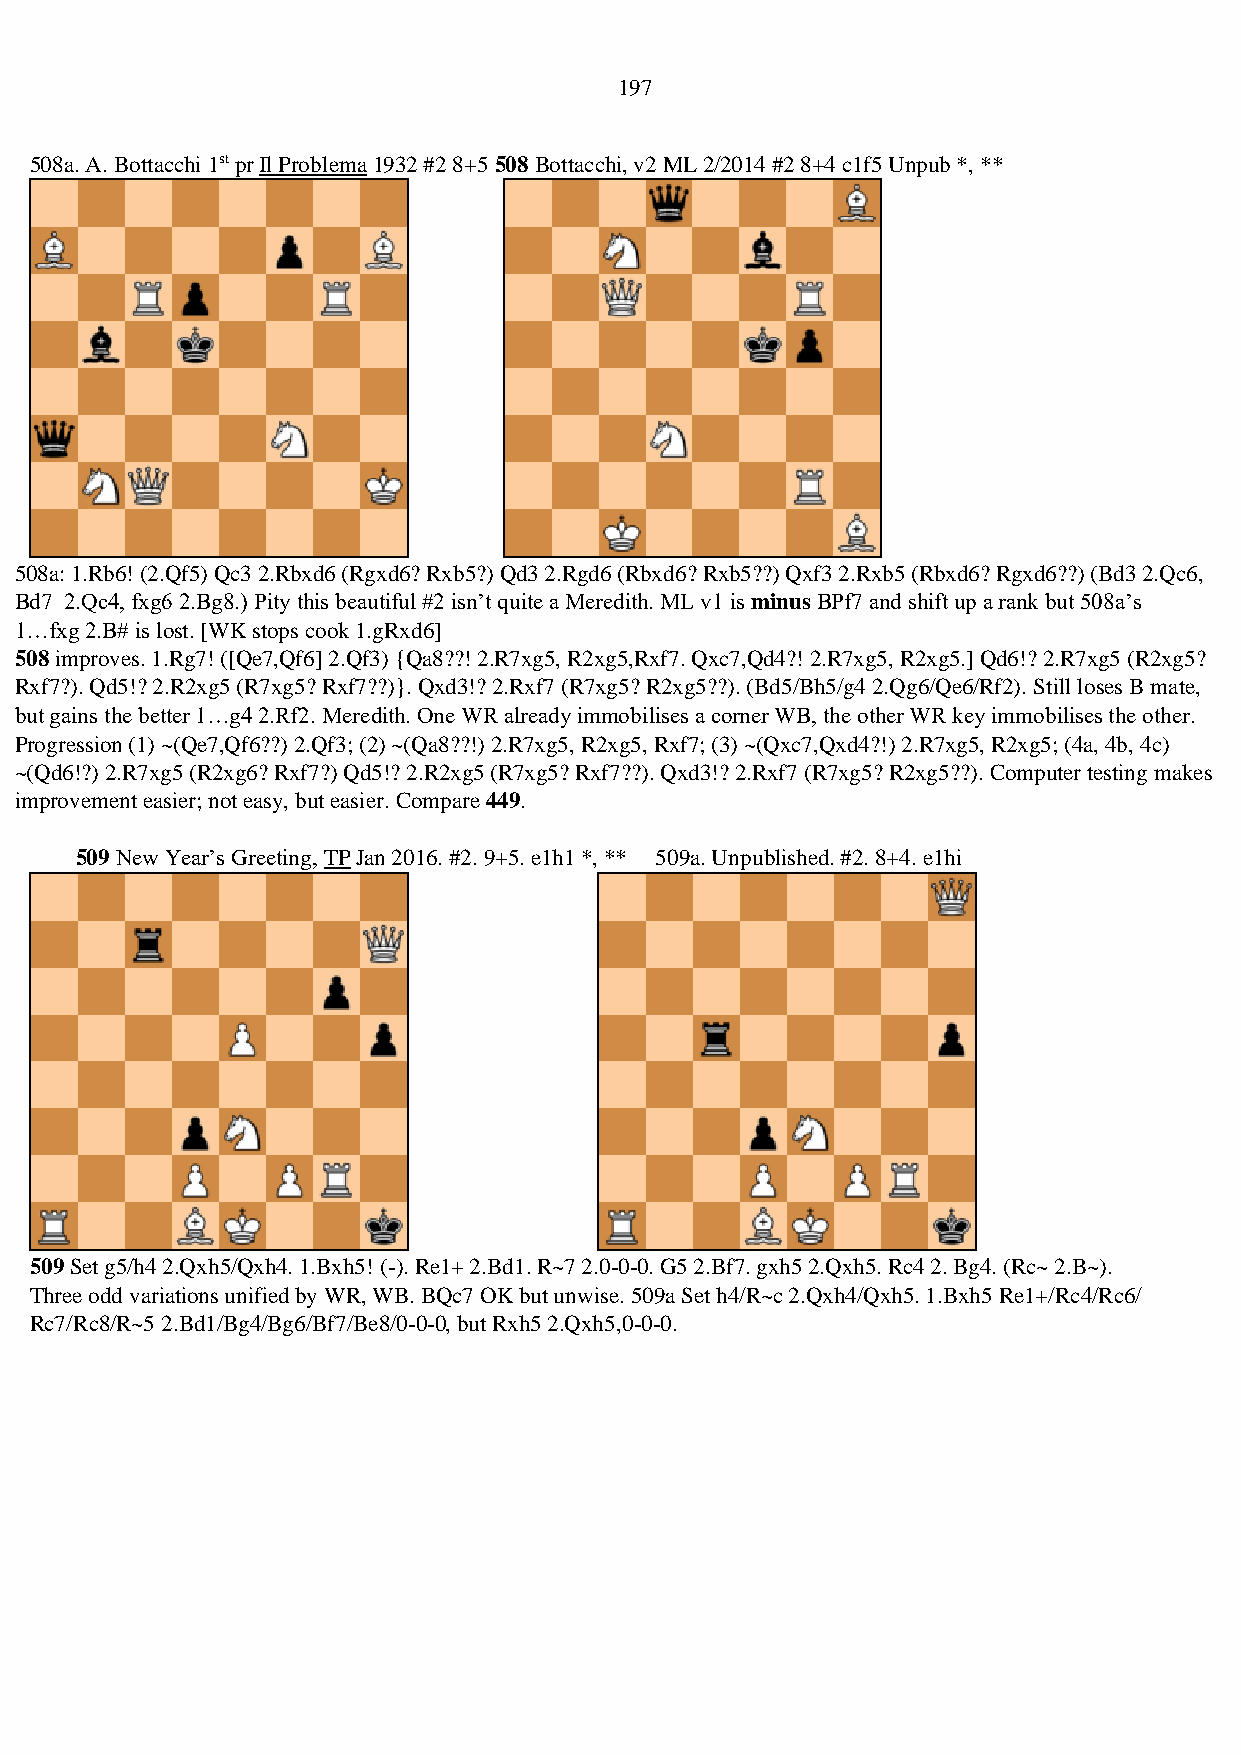
197
 508a. A. Bottacchi 1st pr Il Problema 1932 #2 8+5 508 Bottacchi, v2 ML 2/2014 #2 8+4 c1f5 Unpub *, **
 508a: 1.Rb6! (2.Qf5) Qc3 2.Rbxd6 (Rgxd6? Rxb5?) Qd3 2.Rgd6 (Rbxd6? Rxb5??) Qxf3 2.Rxb5 (Rbxd6? Rgxd6??) (Bd3 2.Qc6,
 Bd7 2.Qc4, fxg6 2.Bg8.) Pity this beautiful #2 isn’t quite a Meredith. ML v1 is minus BPf7 and shift up a rank but 508a’s
 1…fxg 2.B# is lost. [WK stops cook 1.gRxd6]
 508 improves. 1.Rg7! ([Qe7,Qf6] 2.Qf3) {Qa8??! 2.R7xg5, R2xg5,Rxf7. Qxc7,Qd4?! 2.R7xg5, R2xg5.] Qd6!? 2.R7xg5 (R2xg5?
 Rxf7?). Qd5!? 2.R2xg5 (R7xg5? Rxf7??)}. Qxd3!? 2.Rxf7 (R7xg5? R2xg5??). (Bd5/Bh5/g4 2.Qg6/Qe6/Rf2). Still loses B mate,
 but gains the better 1…g4 2.Rf2. Meredith. One WR already immobilises a corner WB, the other WR key immobilises the other.
 Progression (1) ~(Qe7,Qf6??) 2.Qf3; (2) ~(Qa8??!) 2.R7xg5, R2xg5, Rxf7; (3) ~(Qxc7,Qxd4?!) 2.R7xg5, R2xg5; (4a, 4b, 4c)
 ~(Qd6!?) 2.R7xg5 (R2xg6? Rxf7?) Qd5!? 2.R2xg5 (R7xg5? Rxf7??). Qxd3!? 2.Rxf7 (R7xg5? R2xg5??). Computer testing makes
 improvement easier; not easy, but easier. Compare 449.
 509 New Year’s Greeting, TP Jan 2016. #2. 9+5. e1h1 *, ** 509a. Unpublished. #2. 8+4. e1hi
 509 Set g5/h4 2.Qxh5/Qxh4. 1.Bxh5! (-). Re1+ 2.Bd1. R~7 2.0-0-0. G5 2.Bf7. gxh5 2.Qxh5. Rc4 2. Bg4. (Rc~ 2.B~).
 Three odd variations unified by WR, WB. BQc7 OK but unwise. 509a Set h4/R~c 2.Qxh4/Qxh5. 1.Bxh5 Re1+/Rc4/Rc6/
 Rc7/Rc8/R~5 2.Bd1/Bg4/Bg6/Bf7/Be8/0-0-0, but Rxh5 2.Qxh5,0-0-0.